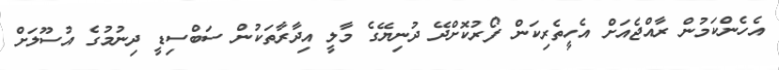
އެހެންކަމުން ރާއްޖެއަށް އެހީތެރިކަން ފޯރުކޮށްދޭ ދުނިޔޭގެ މާލީ އިދާރާތަކުން ސަބްސިޑީ ދިނުމުގެ އުސޫލަށް